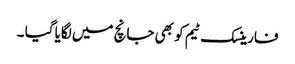
فارینسک ٹیم کو بھی جانچ میں لگایا گیا ۔